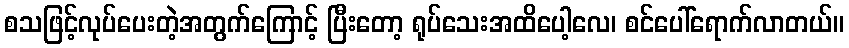
စသဖြင့်လုပ်ပေးတဲ့အတွက်ကြောင့် ပြီးတော့ ရုပ်သေးအထိပေါ့လေ၊ စင်ပေါ်ရောက်လာတယ်။